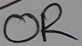
Text: OR